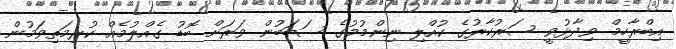
އިބްރާހީމް ވިދާޅުވީ ސަރުކާރުގެ ކުއްލި ނިންމުމުގެ ސަބަބުން ވަރަށް ބޮޑު ގެއްލުމެއް ކުރިމަތިވަމުން